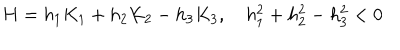
H = h _ { 1 } K _ { 1 } + h _ { 2 } K _ { 2 } - h _ { 3 } K _ { 3 } , \quad h _ { 1 } ^ { 2 } + h _ { 2 } ^ { 2 } - h _ { 3 } ^ { 2 } < 0